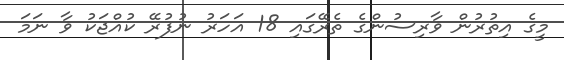
މީގެ އިތުރުން ވާރިސުންގެ ތެރޭގައި 18 އަހަރު ނުފުރޭ ކުއްޖަކު ވާ ނަމަ